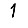
Digit: 1